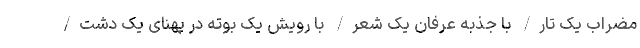
مضراب یک تار/ با جذبه عرفان یک شعر/ با رویش یک بوته در پهنای یک دشت/